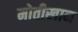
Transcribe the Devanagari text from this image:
मोतीखान